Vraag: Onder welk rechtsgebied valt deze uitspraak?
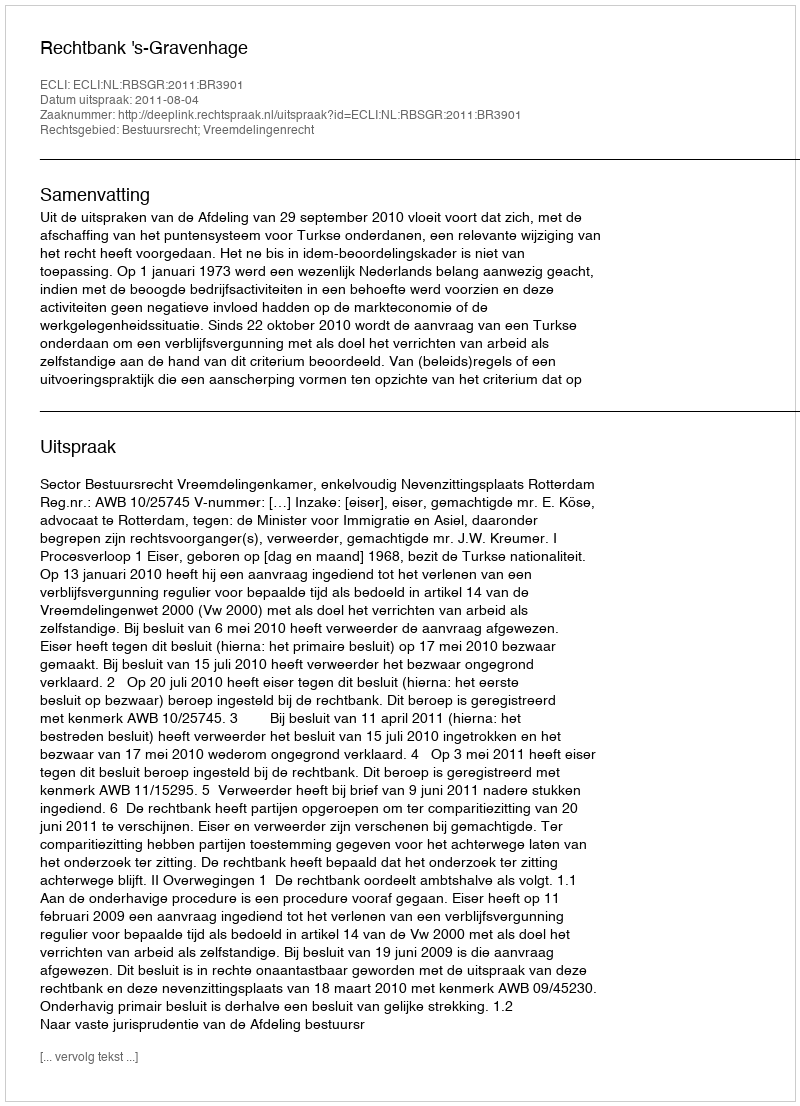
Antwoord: Bestuursrecht; Vreemdelingenrecht